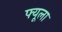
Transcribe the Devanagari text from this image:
फ्यूला